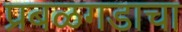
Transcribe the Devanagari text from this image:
प्रबळगडाचा